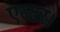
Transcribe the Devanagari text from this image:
एस्टर।